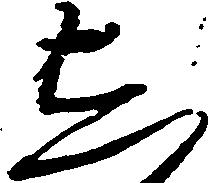
し